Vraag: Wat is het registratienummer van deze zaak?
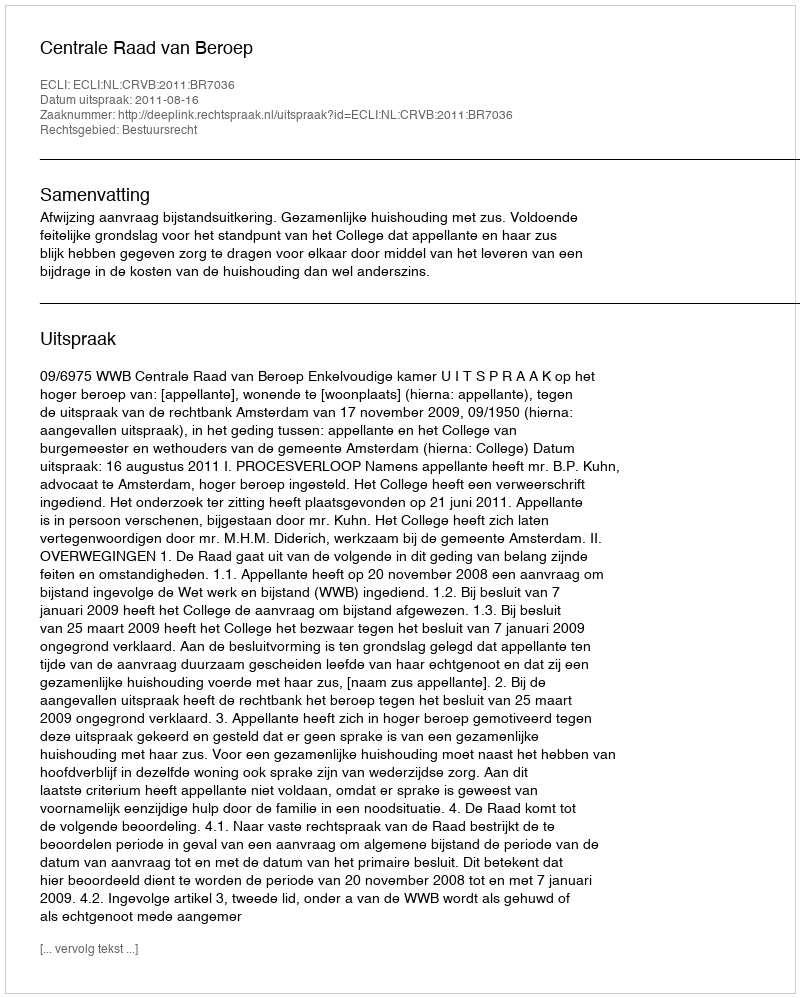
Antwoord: http://deeplink.rechtspraak.nl/uitspraak?id=ECLI:NL:CRVB:2011:BR7036